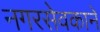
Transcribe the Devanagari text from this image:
नगरसेवकाने